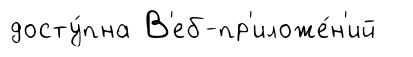
досту́пна В'еб-пр'иложе́н'ий